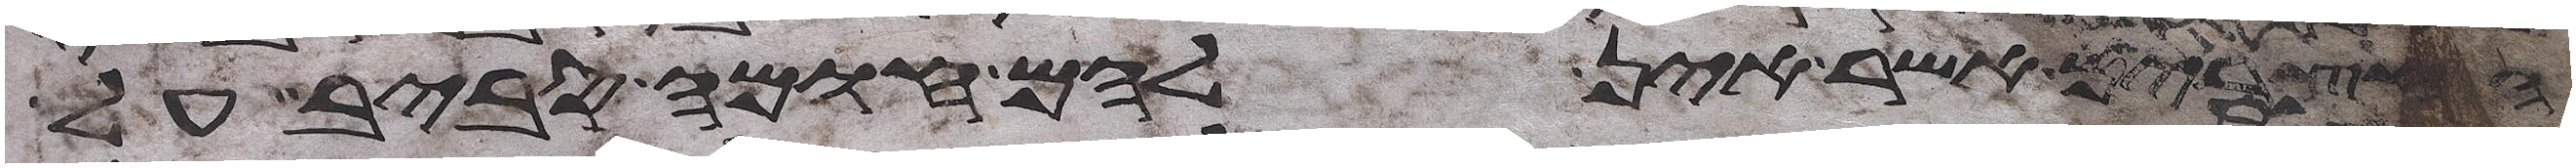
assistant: החצרים אשר אין להם חומה סביב על